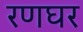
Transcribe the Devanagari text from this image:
रणघर